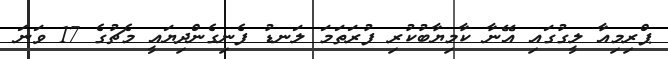
ޕްރިމިއާ ލީގުގައި އޭނާ ކާމިޔާބުކުރި ފުރަތަމަ ލަނޑު ފެނިގެންދިޔައީ މެޗުގެ 17 ވަނަ